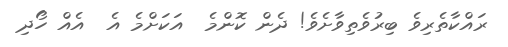
ރައްކާތެރިވެ ބިރުވެތިވާށެވެ! ދެން ކޮންމެ  އަކަށްމެ އެ  އެއް ހޯދި